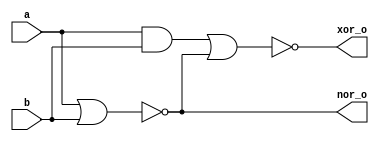
`timescale 1ns / 1ps
//////////////////////////////////////////////////////////////////////////////////
// Module Name: inv_unit_nor_out
// Description:  ""inv_converter_16,"-A[15]"
//               "",NOR
//               inv_unit
//               ORXOR
// Resource:     //--------------------------------------------
                 //|  Gate  |  Gate count  | Transistor count  |
                 //|  AND   |  1           | 6                 | 
                 //|  OR    |  0           | 0                 |
                 //|  NOT   |  0           | 0                 |  
                 //|  NAND  |  0           | 0                 |
                 //|  NOR   |  2           | 8                 | 
                 //|  AOI4  |  0           | 0                 |
                 //|  XNOR  |  0           | 0                 |
                 //|  XOR   |  0           | 0                 |
                 //---------------------------------------------
                 //| summary|  3           | 14                |
                 //---------------------------------------------      
//////////////////////////////////////////////////////////////////////////////////

module inv_unit_nor_out(
        input wire  a       ,
        input wire  b       ,
        
        output wire xor_o   ,  //
        output wire nor_o      //
    );
    
    //()
    wire    a_AND_b     ;  //ab
    wire    a_NOR_b     ;  //ab
    
    //
    assign  a_AND_b = a & b;
    
    //
    assign  a_NOR_b = ~(a | b);
    
    //
    assign  xor_o   = ~(a_AND_b | a_NOR_b); //
    assign  nor_o   = a_NOR_b;
    
endmodule